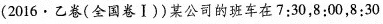
(2016 · 乙卷(全国卷Ⅰ))某公司的班车在7:30，8:00，8:30